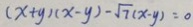
( x + y ) ( x - y ) - \sqrt { 7 } ( x - y ) = 0